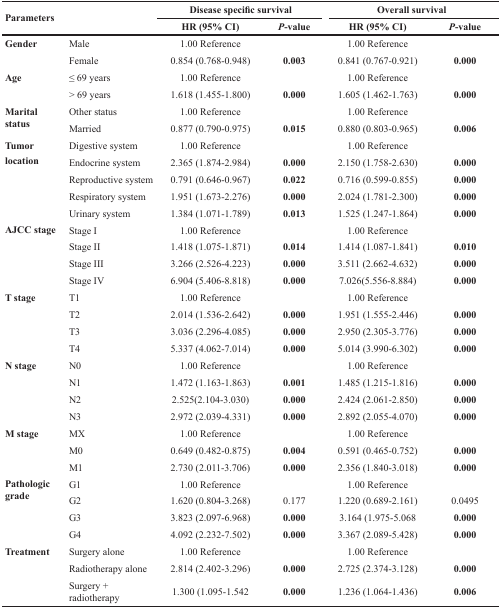
<table><thead><tr><td rowspan="2" colspan="2"><b>Parameters</b></td><td colspan="2"><b>Disease specific survival</b></td><td colspan="2"><b>Overall survival</b></td></tr><tr><td><b>HR (95% CI)</b></td><td><b><i>P</i>-value</b></td><td><b>HR (95% CI)</b></td><td><b><i>P</i>-value</b></td></tr></thead><tbody><tr><td rowspan="2"><b>Gender</b></td><td>Male</td><td>1.00 Reference</td><td rowspan="2"><b>0.003</b></td><td>1.00 Reference</td><td rowspan="2"><b>0.000</b></td></tr><tr><td>Female</td><td>0.854 (0.768-0.948)</td><td>0.841 (0.767-0.921)</td></tr><tr><td rowspan="2"><b>Age</b></td><td>≤ 69 years</td><td>1.00 Reference</td><td rowspan="2"><b>0.000</b></td><td>1.00 Reference</td><td></td></tr><tr><td>&gt; 69 years</td><td>1.618 (1.455-1.800)</td><td>1.605 (1.462-1.763)</td><td><b>0.000</b></td></tr><tr><td rowspan="2"><b>Marital status</b></td><td>Other status</td><td>1.00 Reference</td><td></td><td>1.00 Reference</td><td></td></tr><tr><td>Married</td><td>0.877 (0.790-0.975)</td><td><b>0.015</b></td><td>0.880 (0.803-0.965)</td><td><b>0.006</b></td></tr><tr><td rowspan="5"><b>Tumor location</b></td><td>Digestive system</td><td>1.00 Reference</td><td></td><td>1.00 Reference</td><td></td></tr><tr><td>Endocrine system</td><td>2.365 (1.874-2.984)</td><td><b>0.000</b></td><td>2.150 (1.758-2.630)</td><td><b>0.000</b></td></tr><tr><td>Reproductive system</td><td>0.791 (0.646-0.967)</td><td><b>0.022</b></td><td>0.716 (0.599-0.855)</td><td><b>0.000</b></td></tr><tr><td>Respiratory system</td><td>1.951 (1.673-2.276)</td><td><b>0.000</b></td><td>2.024 (1.781-2.300)</td><td><b>0.000</b></td></tr><tr><td>Urinary system</td><td>1.384 (1.071-1.789)</td><td><b>0.013</b></td><td>1.525 (1.247-1.864)</td><td><b>0.000</b></td></tr><tr><td rowspan="4"><b>AJCC stage</b></td><td>Stage I</td><td>1.00 Reference</td><td></td><td>1.00 Reference</td><td></td></tr><tr><td>Stage II</td><td>1.418 (1.075-1.871)</td><td><b>0.014</b></td><td>1.414 (1.087-1.841)</td><td><b>0.010</b></td></tr><tr><td>Stage III</td><td>3.266 (2.526-4.223)</td><td><b>0.000</b></td><td>3.511 (2.662-4.632)</td><td><b>0.000</b></td></tr><tr><td>Stage IV</td><td>6.904 (5.406-8.818)</td><td><b>0.000</b></td><td>7.026(5.556-8.884)</td><td><b>0.000</b></td></tr><tr><td rowspan="4"><b>T stage</b></td><td>T1</td><td>1.00 Reference</td><td></td><td>1.00 Reference</td><td></td></tr><tr><td>T2</td><td>2.014 (1.536-2.642)</td><td><b>0.000</b></td><td>1.951 (1.555-2.446)</td><td><b>0.000</b></td></tr><tr><td>T3</td><td>3.036 (2.296-4.085)</td><td><b>0.000</b></td><td>2.950 (2.305-3.776)</td><td><b>0.000</b></td></tr><tr><td>T4</td><td>5.337 (4.062-7.014)</td><td><b>0.000</b></td><td>5.014 (3.990-6.302)</td><td><b>0.000</b></td></tr><tr><td rowspan="4"><b>N stage</b></td><td>N0</td><td>1.00 Reference</td><td></td><td>1.00 Reference</td><td></td></tr><tr><td>N1</td><td>1.472 (1.163-1.863)</td><td><b>0.001</b></td><td>1.485 (1.215-1.816)</td><td><b>0.000</b></td></tr><tr><td>N2</td><td>2.525(2.104-3.030)</td><td><b>0.000</b></td><td>2.424 (2.061-2.850)</td><td><b>0.000</b></td></tr><tr><td>N3</td><td>2.972 (2.039-4.331)</td><td><b>0.000</b></td><td>2.892 (2.055-4.070)</td><td><b>0.000</b></td></tr><tr><td rowspan="3"><b>M stage</b></td><td>MX</td><td>1.00 Reference</td><td></td><td>1.00 Reference</td><td></td></tr><tr><td>M0</td><td>0.649 (0.482-0.875)</td><td><b>0.004</b></td><td>0.591 (0.465-0.752)</td><td><b>0.000</b></td></tr><tr><td>M1</td><td>2.730 (2.011-3.706)</td><td><b>0.000</b></td><td>2.356 (1.840-3.018)</td><td><b>0.000</b></td></tr><tr><td rowspan="4"><b>Pathologic grade</b></td><td>G1</td><td>1.00 Reference</td><td></td><td>1.00 Reference</td><td></td></tr><tr><td>G2</td><td>1.620 (0.804-3.268)</td><td>0.177</td><td>1.220 (0.689-2.161)</td><td>0.0495</td></tr><tr><td>G3</td><td>3.823 (2.097-6.968)</td><td><b>0.000</b></td><td>3.164 (1.975-5.068</td><td><b>0.000</b></td></tr><tr><td>G4</td><td>4.092 (2.232-7.502)</td><td><b>0.000</b></td><td>3.367 (2.089-5.428)</td><td><b>0.000</b></td></tr><tr><td rowspan="3"><b>Treatment</b></td><td>Surgery alone</td><td>1.00 Reference</td><td></td><td>1.00 Reference</td><td></td></tr><tr><td>Radiotherapy alone</td><td>2.814 (2.402-3.296)</td><td><b>0.000</b></td><td>2.725 (2.374-3.128)</td><td><b>0.000</b></td></tr><tr><td>Surgery + radiotherapy</td><td>1.300 (1.095-1.542</td><td><b>0.000</b></td><td>1.236 (1.064-1.436)</td><td><b>0.006</b></td></tr></tbody></table>